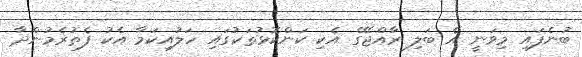
ބުނެފައި މިވަނީ އެ ބަލި ރާއްޖޭގެ އެކި ކަންކޮޅުތަކުގައި ހަލުއިކަމާ އެކު ފެތުރެމުންދާ